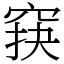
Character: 䆢